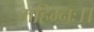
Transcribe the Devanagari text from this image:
महिम्नः।।